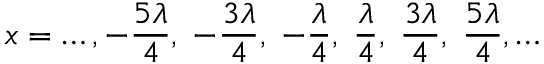
x = \ldots , - { \frac { 5 \lambda } { 4 } } , \; - { \frac { 3 \lambda } { 4 } } , \; - { \frac { \lambda } { 4 } } , \; { \frac { \lambda } { 4 } } , \; { \frac { 3 \lambda } { 4 } } , \; { \frac { 5 \lambda } { 4 } } , \ldots